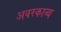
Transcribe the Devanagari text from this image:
अवरकाव्य